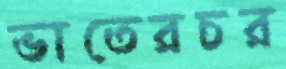
ভাতেরচর